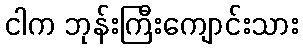
ငါက ဘုန်းကြီးကျောင်းသား